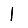
Digit: 1